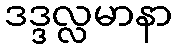
ဒဒ္ဒလ္လမာနာ